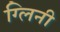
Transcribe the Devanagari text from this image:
ग्लिनी